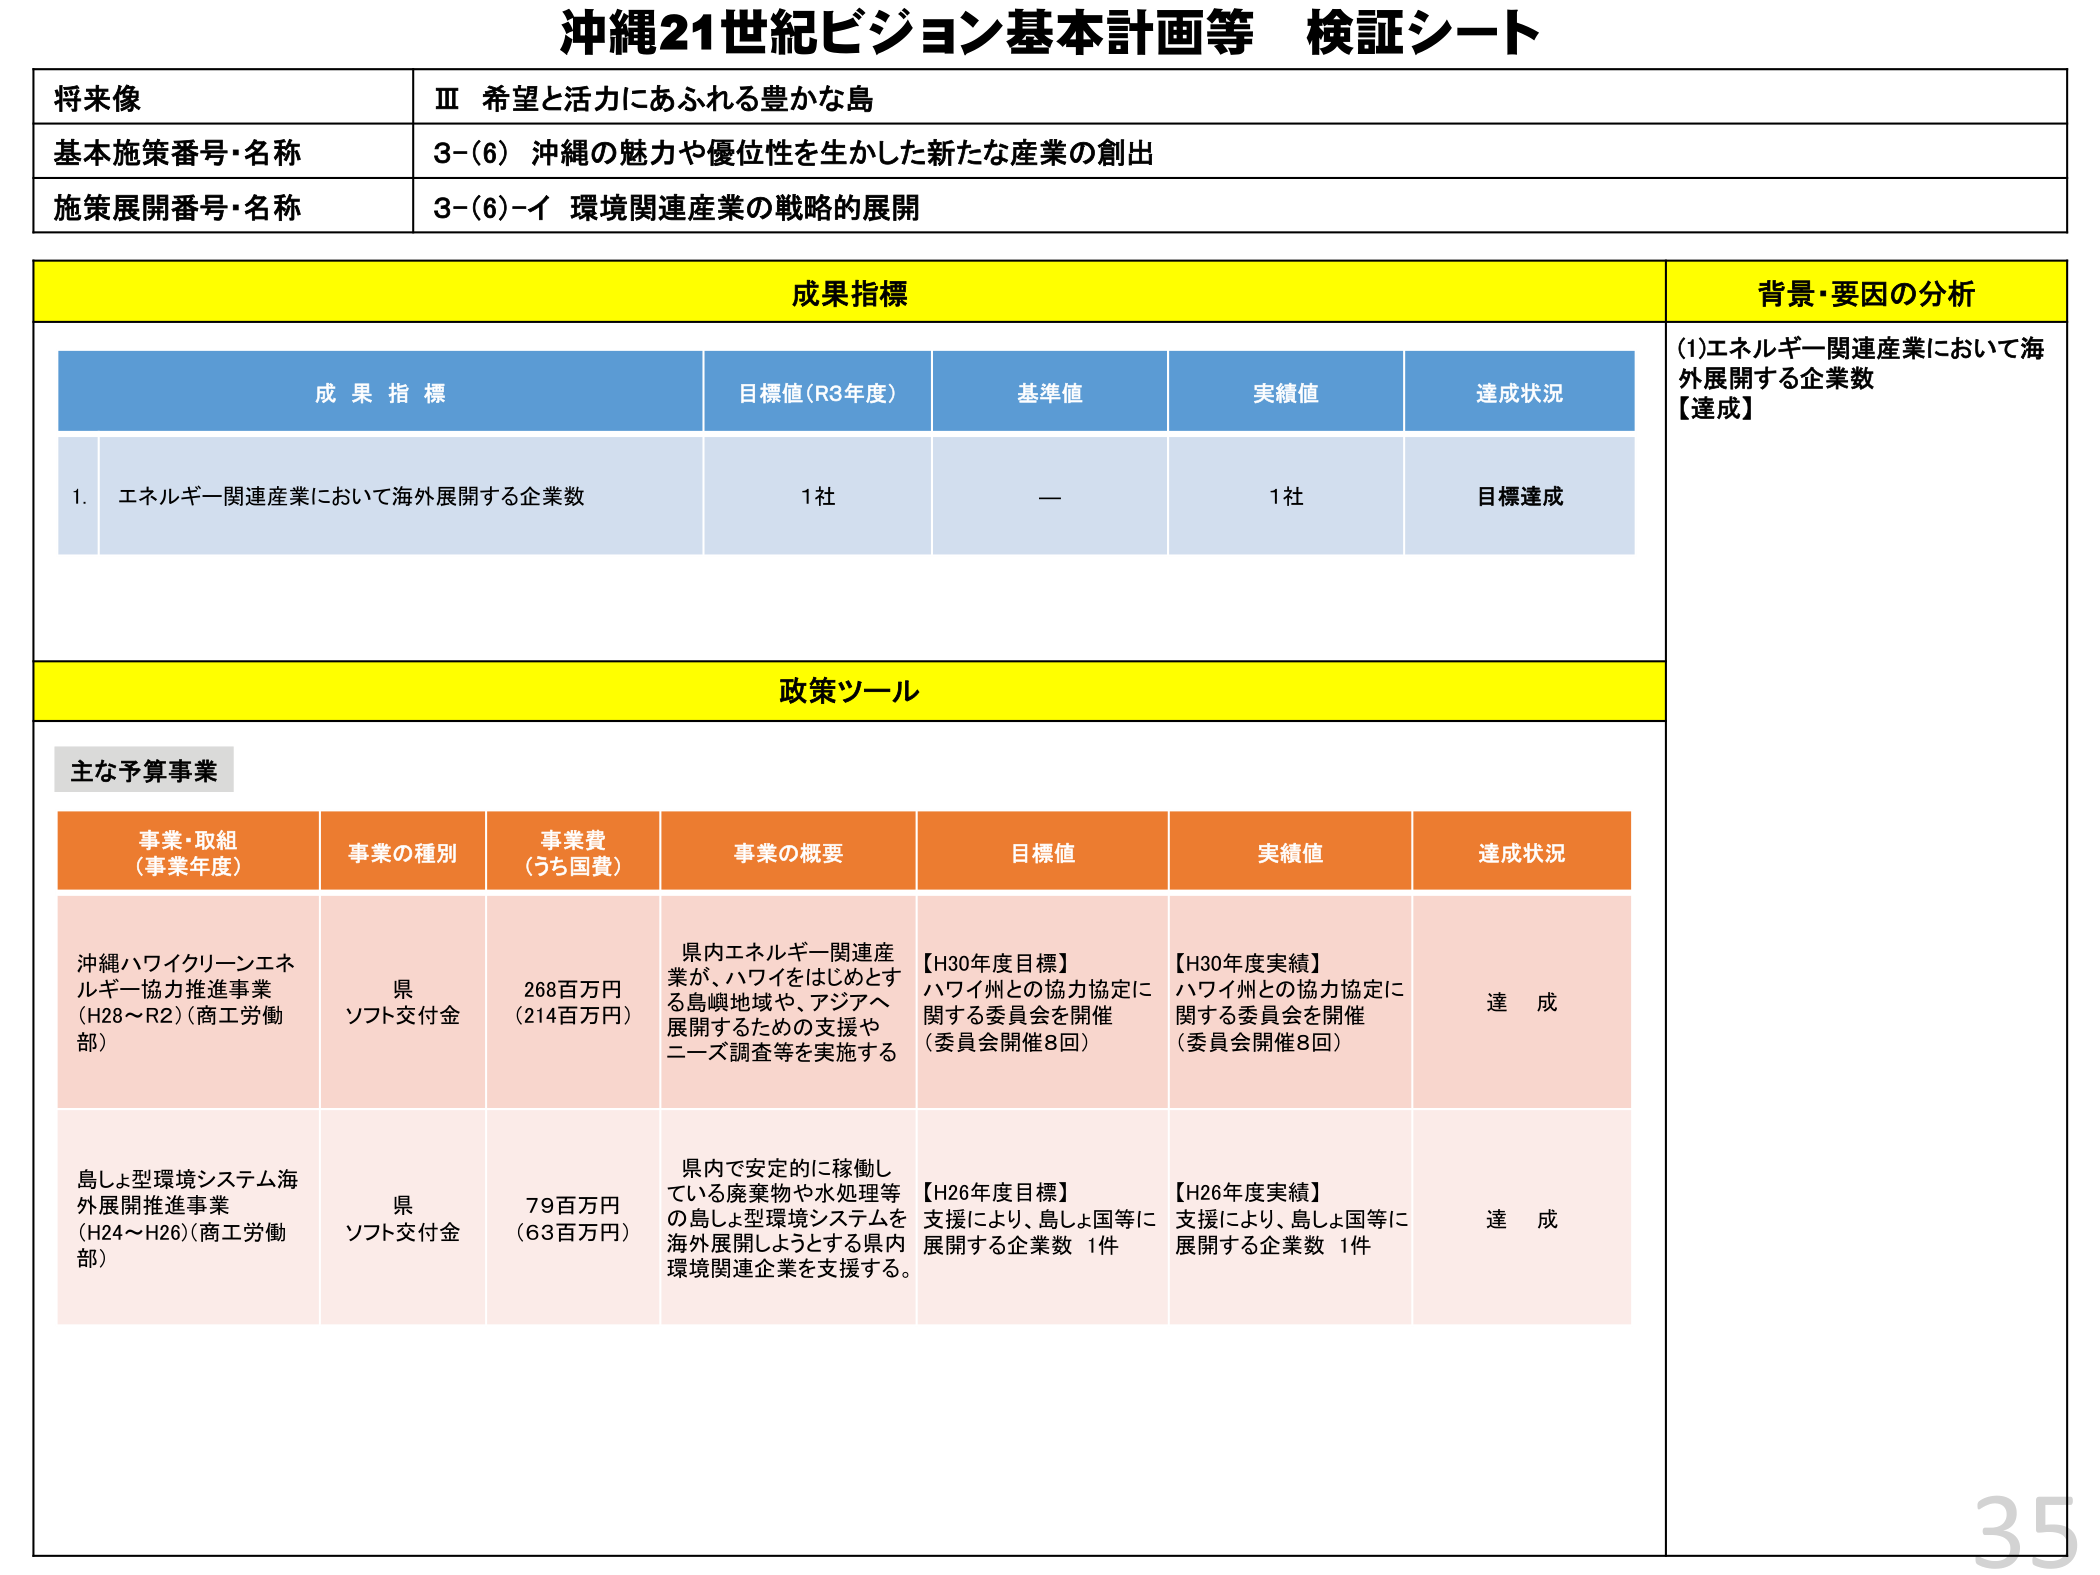
沖縄21世紀ビジョン基本計画等 検証シート

将来像
Ⅲ 希望と活力にあふれる豊かな島

基本施策番号・名称
3-(6) 沖縄の魅力や優位性を生かした新たな産業の創出

施策展開番号・名称
3-(6)-イ 環境関連産業の戦略的展開

成果指標
背景・要因の分析

成果指標
目標値(R3年度)
基準値
実績値
達成状況

1. エネルギー関連産業において海外展開する企業数
1社
ー
1社
目標達成

(1)エネルギー関連産業において海外展開する企業数
【達成】

政策ツール

主な予算事業

事業・取組
(事業年度)
事業の種別
事業費
(うち国費)
事業の概要
目標値
実績値
達成状況

沖縄ハワイクリーンエネルギー協力推進事業
(H28～R2)(商工労働部)
県
ソフト交付金
268百万円
(214百万円)
県内エネルギー関連産業が、ハワイをはじめとする島嶼地域や、アジアへ展開するための支援やニーズ調査等を実施する。
【H30年度目標】
ハワイ州との協力協定に関する委員会を開催
(委員会開催8回)
【H30年度実績】
ハワイ州との協力協定に関する委員会を開催
(委員会開催8回)
達成

島しょ型環境システム海外展開推進事業
(H24～H26)(商工労働部)
県
ソフト交付金
79百万円
(63百万円)
県内で安定的に稼働している廃棄物や水処理等の島しょ型環境システムを海外展開しようとする県内環境関連企業を支援する。
【H26年度目標】
支援により、島しょ国等に展開する企業数 1件
【H26年度実績】
支援により、島しょ国等に展開する企業数 1件
達成

35